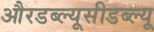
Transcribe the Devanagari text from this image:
औरडब्ल्यूसीडब्ल्यू